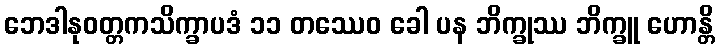
ဘေဒါနုဝတ္တကသိက္ခာပဒံ ၁၁ တဿေဝ ခေါ ပန ဘိက္ခုဿ ဘိက္ခူ ဟောန္တိ